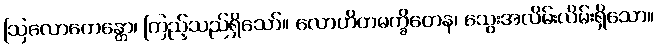
ဩလောကေန္တော၊ ကြည့်သည်ရှိသော်။ လောဟိတမက္ခိတေန၊ သွေးအလိမ်းလိမ်းရှိသော။